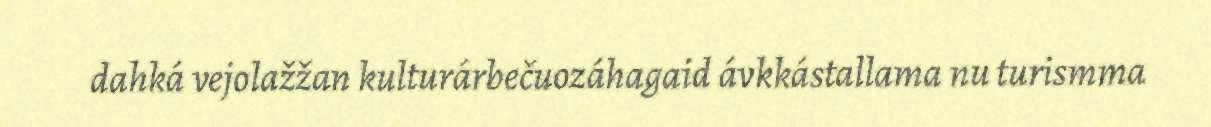
dahká vejolažžan kulturárbečuozáhagaid ávkkástallama nu turismma